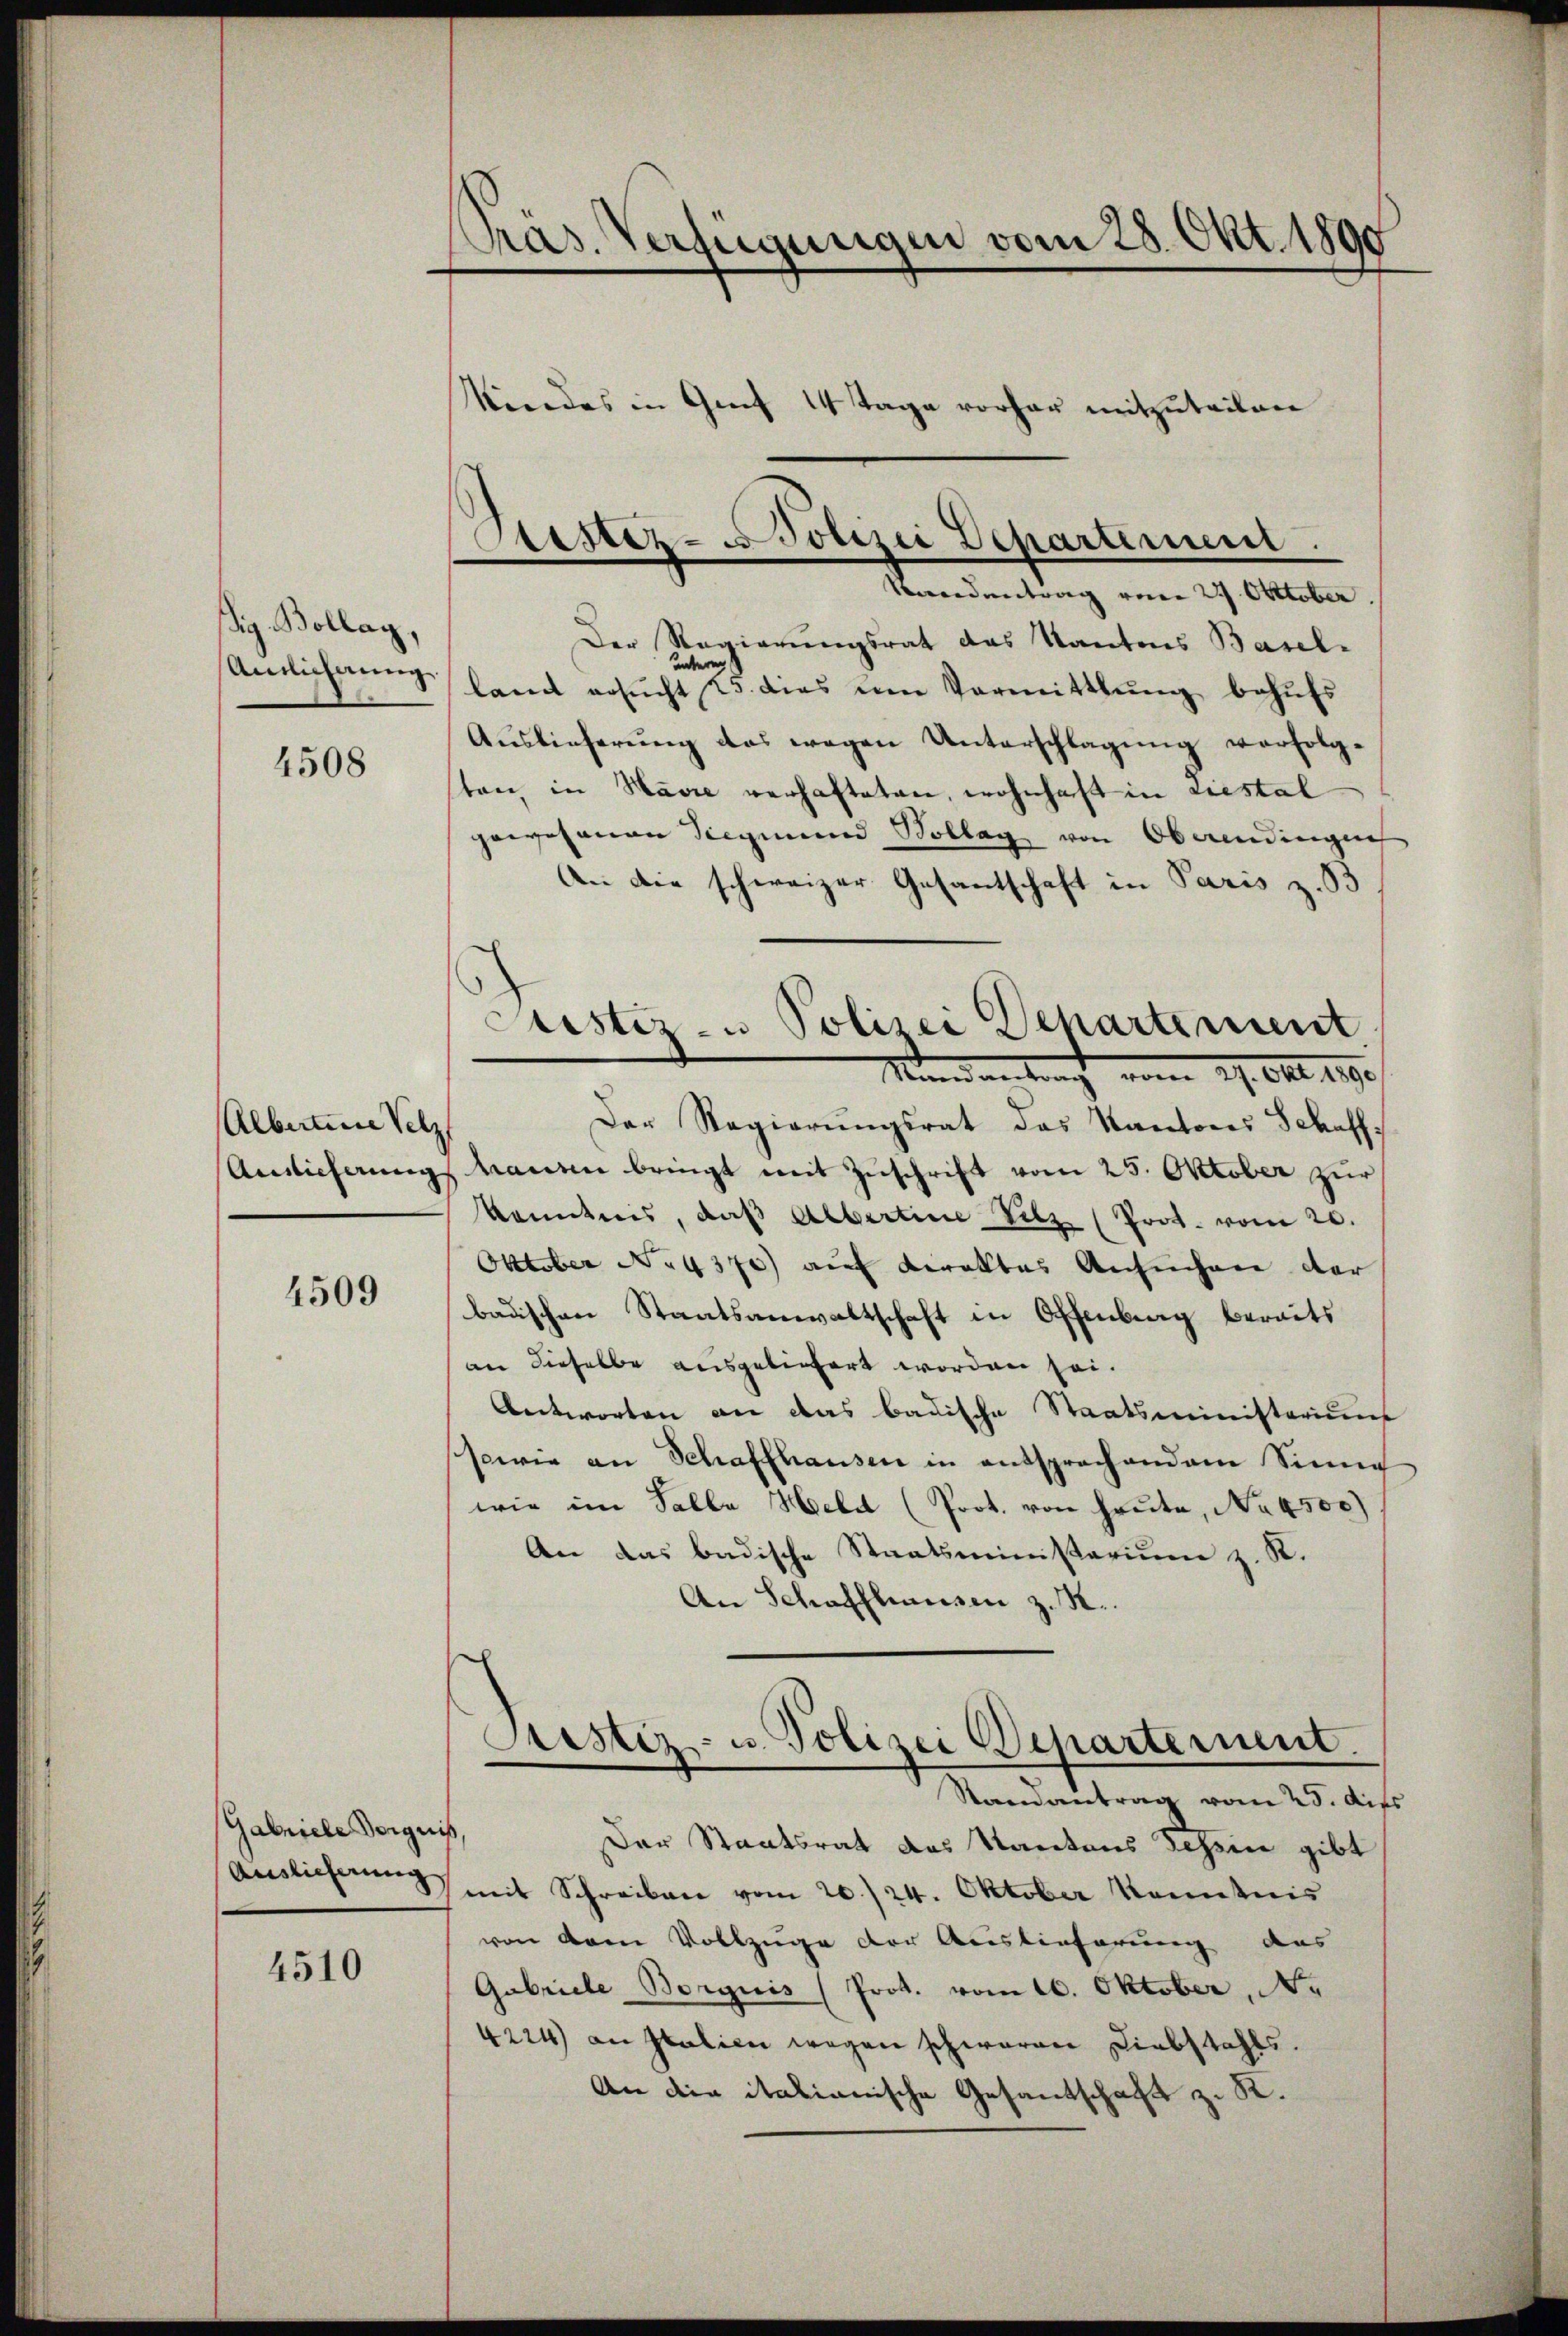
ig. Bollag,
Antlichnung

4508

Albaum Selz
Ainlicherung

4509

Gabniele Vorgnis,
Auslieferung

4510

Pras. Verfügungen vom 28. Okt. 1890
Kindes in Genf 14 Tage vorher mitzuteilen

Aestez-Polizei Departemen.
Beendentrag vom 27. Oktober

Der Regierungsrat das Kantons Basel-
unteres
lamt ersŭcht 23. dies im Vermittlung behŭfs
Aŭslieferŭng das wegen Unterschlagung verfolg-
ten in Havre verhafteten, wohnhaft in Liestal
gewesenen Siegmund Kollag von Oberendingen
An die schweizer Gesantschaft in Paris z. B
Der Regierŭngsrat das Kantons Schaffmanten bringt mit Zuschrift vom 25. Oktober zur
kanntnis, daβ Albertine Silz (Prot. vom 20.
Oktober No 4370) auf Karaktes Ansuchen der
badischen Staatsanwaltschaft in Offenberg bereits
an dieselbe ausgeliefert worden sei.
Antworten an das badische Staatsministeriums
sowie an Schaffhausen in entsprochendem Sinne
wie im Falle Held (Prot. von heute, No 4500)
An das badische Staatsministerium z. R.
An Schaffhausen z. B.
Sistiz- u. Polizei Departement.
Randantrag vom 25. dies
Der Staatsrat des Kantons Scheine gibt
mit Schreiben vom 20./24. Oktober Kenntnis
von dem Vollzuge der Auslieferung das
Gabriele Borgnis (Prot. vom 10. Oktober, N.
4224) an Italien wegen schwaren Diebstahls.
An die italianische Gesandschaft z. R.

Justiz- u Polizei Departement
Mandantung vom 27. Okt. 1890